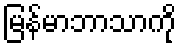
မြန်မာဘာသာကို